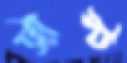
ট্রাস্ট